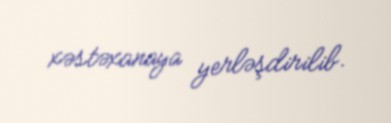
xəstəxanaya yerləşdirilib.